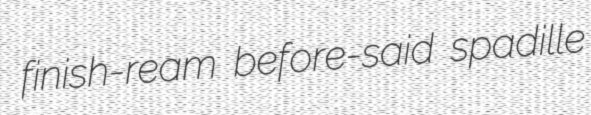
finish-ream before-said spadille